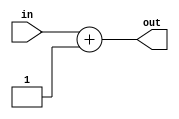
module plus_one(in, out);

	output [15:0] out;
	input  [15:0] in;
	
	assign out = in + 1;

endmodule